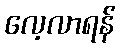
လေ့လာရန်